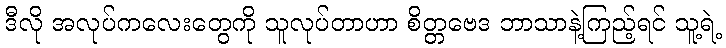
ဒီလို အလုပ်ကလေးတွေကို သူလုပ်တာဟာ စိတ္တဗေဒ ဘာသာနဲ့ကြည့်ရင် သူ့ရဲ့